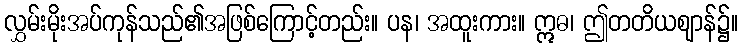
လွှမ်းမိုးအပ်ကုန်သည်၏အဖြစ်ကြောင့်တည်း။ ပန၊ အထူးကား။ ဣဓ၊ ဤတတိယဈာန်၌။